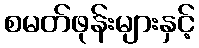
စမတ်ဖုန်းများနှင့်